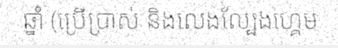
ឆ្នាំ (ប្រើប្រាស់ និងលេងល្បែងហ្គេម